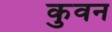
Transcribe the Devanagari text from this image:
कुवन